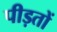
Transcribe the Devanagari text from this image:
पीड़तों